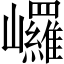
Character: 𡿇